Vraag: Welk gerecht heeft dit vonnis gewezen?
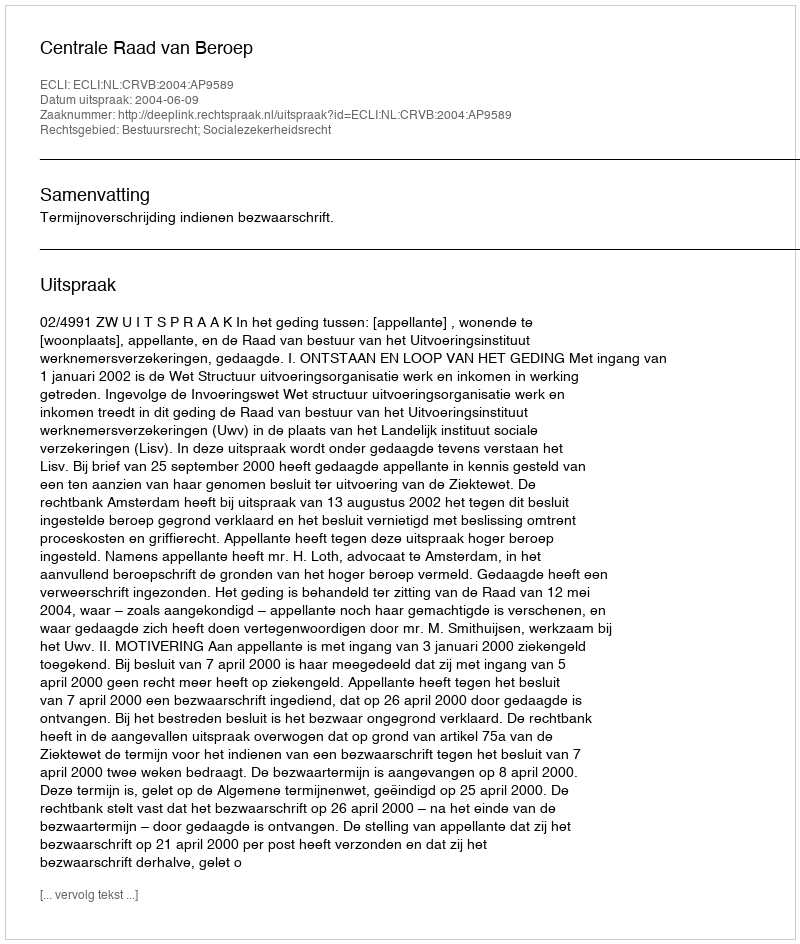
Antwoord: Centrale Raad van Beroep